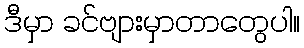
ဒီမှာ ခင်ဗျားမှာတာတွေပါ။